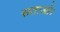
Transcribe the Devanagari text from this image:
सताओ।